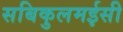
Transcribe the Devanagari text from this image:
सबिकुलमईसी